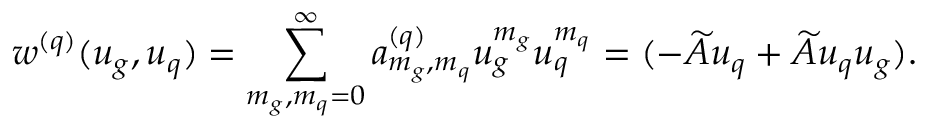
w ^ { ( q ) } ( u _ { g } , u _ { q } ) = \sum _ { m _ { g } , m _ { q } = 0 } ^ { \infty } a _ { m _ { g } , m _ { q } } ^ { ( q ) } u _ { g } ^ { m _ { g } } u _ { q } ^ { m _ { q } } = ( - \widetilde A u _ { q } + \widetilde A u _ { q } u _ { g } ) .